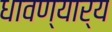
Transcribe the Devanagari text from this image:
धावण्यार्य